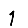
Digit: 1